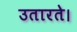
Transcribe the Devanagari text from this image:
उतारते।